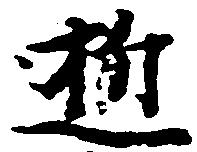
逝